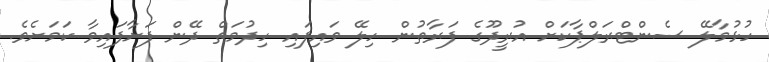
ހުޅުމާލޭ ސެންޓްރަލްޕާކަށް އުރީދޫގެ ފަރާތުން ހިލޭ ވައިފައި ހިދުމަތް ދޭން ފަށާފައިވާ ކަމަށެވެ.